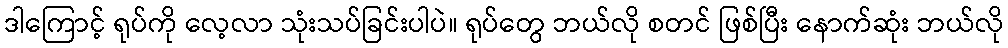
ဒါကြောင့် ရုပ်ကို လေ့လာ သုံးသပ်ခြင်းပါပဲ။ ရုပ်တွေ ဘယ်လို စတင် ဖြစ်ပြီး နောက်ဆုံး ဘယ်လို